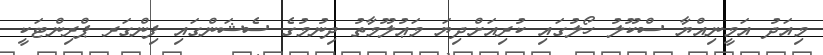
މިއަދު އަމީނިއްޔާ ސްކޫލު ހޯލުގައި ކުރިއަށްދިޔަ މަޢުލޫމާތު ދިނުމުގެ ސެޝަންގައި ފިންގަރ ޕްރިންޓަކީ